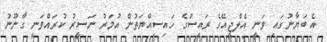
އެ ބަޔާނުގައި ވަނީ އެލްޖީއޭގެ ރައީސްގެ ހައިސިއްޔަތުން އުމަރު ނަސީރު ކުރައްވަނީ ގާނޫނު